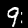
Label: 9